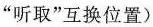
“听取”互换位置)